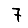
Digit: 7